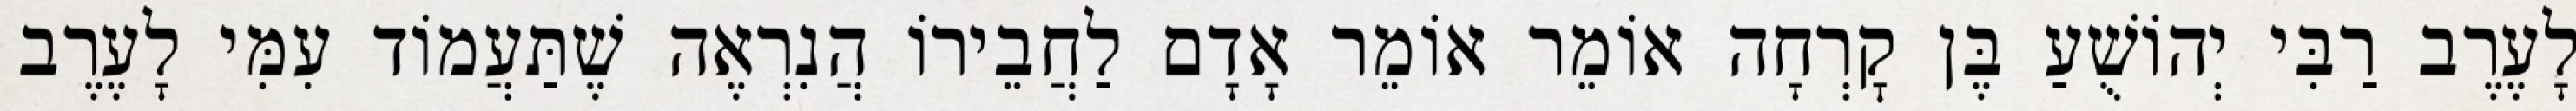
לָעֶרֶב רַבִּי יְהוֹשֻׁעַ בֶּן קׇרְחָה אוֹמֵר אוֹמֵר אָדָם לַחֲבֵירוֹ הֲנִרְאֶה שֶׁתַּעֲמוֹד עִמִּי לָעֶרֶב